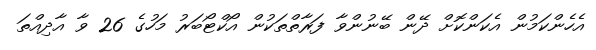
އެހެންކަމުން އެކަންކޮށް ދޭން ބޭނުންވާ ފަރާތްތަކުން އޯކްޓޯބަރު މަހުގެ 26 ވާ އާދިއްތަ